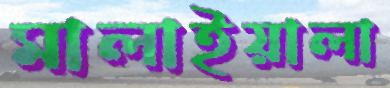
মালাইয়ালা